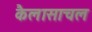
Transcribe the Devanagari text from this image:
कैलासाचल